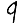
Digit: 9